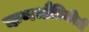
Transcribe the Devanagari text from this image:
कणभौतिकीची